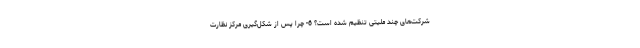
شرکت‌های چند ملیتی تنظیم شده است؟ 6- چرا پس از شکل‌گیری مرکز نظارت